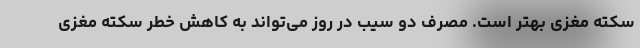
سکته مغزی بهتر است. مصرف دو سیب در روز می‌تواند به کاهش خطر سکته مغزی